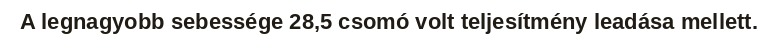
A legnagyobb sebessége 28,5 csomó volt teljesítmény leadása mellett.